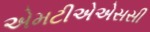
એમટીએએસસી